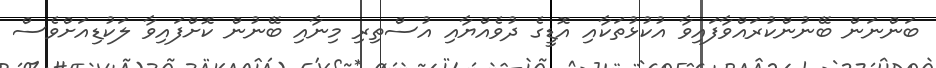
ބަންނަން ބޭނުންކުރައްވާފައިވާ އުކުޅުތަކާއި އޮޑީގެ ދުވެއްޔާއި އުސްތިރި މިނާއި ބޭނުން ކޮށްފައިވާ ލަކުޑިއަށްވެސް